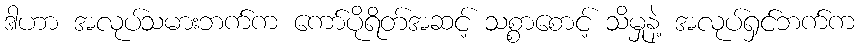
ဒါဟာ အလုပ်သမားဘက်က ကော်ပိုရိတ်အဆင့် သစ္စာစောင့် သိမှုနဲ့ အလုပ်ရှင်ဘက်က